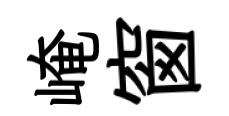
崦窗